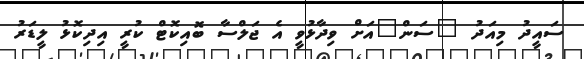
ސައީދު މިއަދު "ސަން"އަށް ވިދާޅުވީ އެ ޖަލްސާ ބޮއިކޮޓް ކުރީ އިދިކޮޅު ލީޑަރު